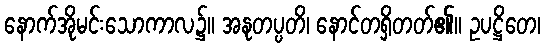
နောက်အိုမင်းသောကာလ၌။ အနုတပ္ပတိ၊ နောင်တရှိတတ်၏။ ဥပဋ္ဌိတေ၊